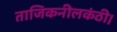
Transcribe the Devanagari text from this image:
ताजिकनीलकंठी।